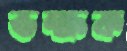
ভক্ষক